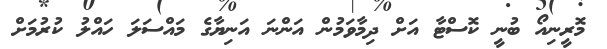
މޮރީނިއޯ ބުނީ ކޮސްޓާ އަށް ދިމާވަމުން އަންނަ އަނިޔާގެ މައްސަލަ ހައްލު ކުރުމަށް